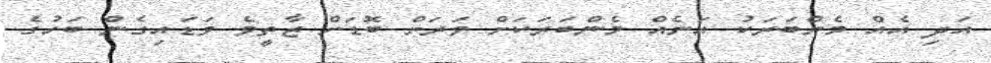
އަދި އެއް މެންބަރަކު އަނެއް މެންބަރަކަށް ވަރަށް ބޮޑަށް ޒާތީވެ ވަޑައިގެން ބަހުގެ